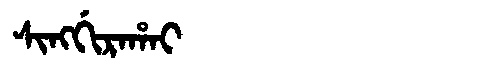
Manchu: ᠰᡳᠩᡤᡳᡵᠠᡥᠠᡳ
Romanization: SINGGIRAHAI